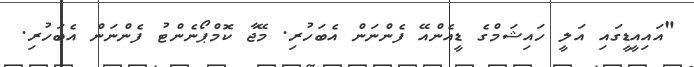
"އައިއީޑީގައި އަލީ ހައިޝަމްގެ ޑީއެންއޭ ފެންނަން އެބަހުރި. މޭޖާ ކޮމްޕޯނެންޓު ފެންނަން އެބަހުރި.